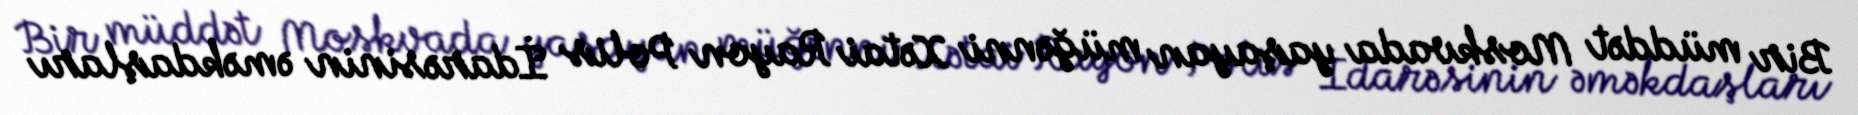
Bir müddət Moskvada yaşayan müğənni Xətai Rayon Polis İdarəsinin əməkdaşları